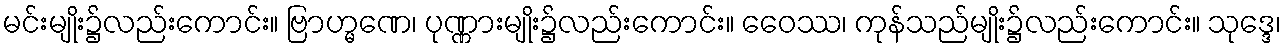
မင်းမျိုး၌လည်းကောင်း။ ဗြာဟ္မဏေ၊ ပုဏ္ဏားမျိုး၌လည်းကောင်း။ ဝေေဿ၊ ကုန်သည်မျိုး၌လည်းကောင်း။ သုဒ္ဒေ၊